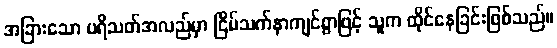
အခြားသော ပရိသတ်အလည်မှာ ငြိမ်သက်နာကျင်စွာဖြင့် သူက ထိုင်နေခြင်းဖြစ်သည်။